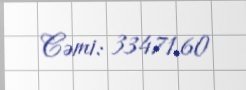
Cəmi: 33471,60